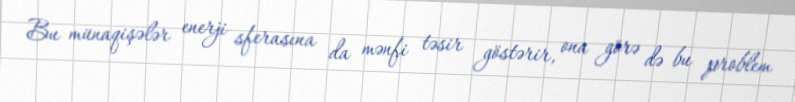
Bu münaqişələr enerji sferasına da mənfi təsir göstərir, ona görə də bu problem